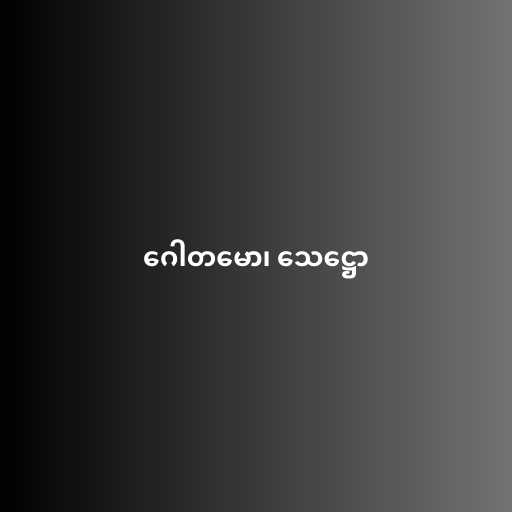
ဂေါတမော၊ သေဋ္ဌော